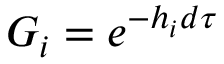
G _ { i } = e ^ { - h _ { i } d \tau }